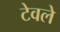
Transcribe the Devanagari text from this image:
टेवले